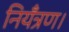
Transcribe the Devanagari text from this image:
नियँत्रण।